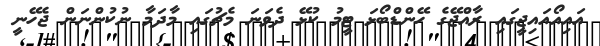
އައިއޯއައިޖީގައި ރާއްޖޭގެ ހޭންޑްބޯޅަ ޓީމު ކުޅޭ ދެވަނަ މެޗުގައި މާދަމާ ނުކުންނަން ޖެހޭނީ